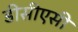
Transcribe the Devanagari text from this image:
डीसीएसी